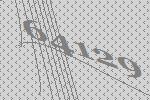
64129